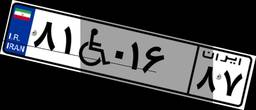
۸۱W۰۱۶۸۷